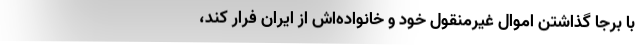
با برجا گذاشتن اموال غیرمنقول خود و خانواده‌اش از ایران فرار کند،